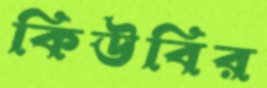
কিউবির